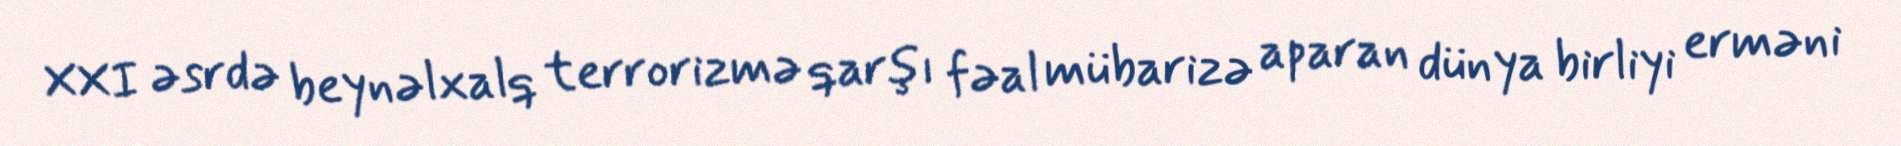
XXI əsrdə beynəlxalq terrorizmə qarşı fəal mübarizə aparan dünya birliyi erməni